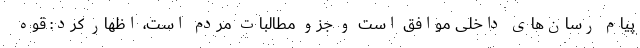
پیام رسان‌های داخلی موافق است و جزو مطالبات مردم است، اظهار کرد: قوه